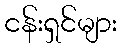
ငန်းရှင်များ